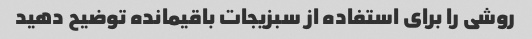
روشی را برای استفاده از سبزیجات باقیمانده توضیح دهید